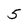
Character: 5